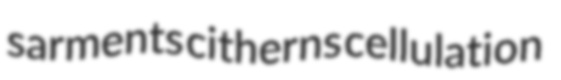
sarments citherns cellulation